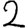
Digit: 2